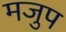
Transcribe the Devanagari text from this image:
मजुप